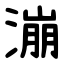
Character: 漰